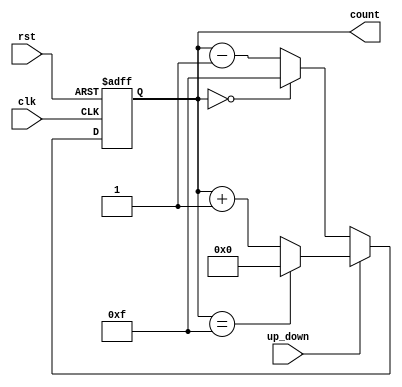
module UpDownCounter (
    input wire clk,          // Clock signal
    input wire rst,          // Asynchronous reset
    input wire up_down,      // Control signal for counting direction
    output reg [3:0] count   // 4-bit binary count output
);

    // Asynchronous reset and counting logic
    always @(posedge clk or posedge rst) begin
        if (rst) begin
            count <= 4'b0000; // Reset count to 0
        end else begin
            if (up_down) begin
                // Count Up
                if (count == 4'b1111) begin
                    count <= 4'b0000; // Wrap around to 0
                end else begin
                    count <= count + 1; // Increment count
                end
            end else begin
                // Count Down
                if (count == 4'b0000) begin
                    count <= 4'b1111; // Wrap around to max value
                end else begin
                    count <= count - 1; // Decrement count
                end
            end
        end
    end

endmodule